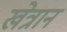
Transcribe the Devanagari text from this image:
खेत्रान